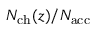
N _ { \mathrm { c h } } ( z ) / { N _ { \mathrm { a c c } } }